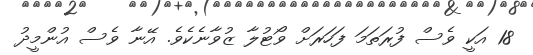
18 އަކީ ވެސް ފުރަތަމަ ފަހަރަށް ވޯޓުލާ ޒުވާނެކެވެ. އޭނާ ވެސް އުންމީދު